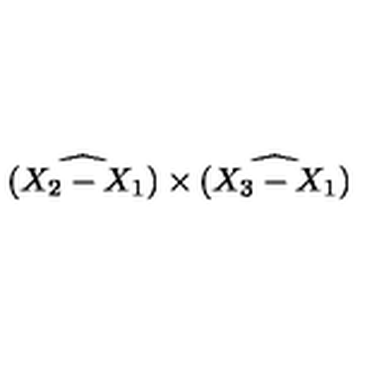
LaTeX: \widehat { ( X _ { 2 } - X _ { 1 } ) } \times \widehat { ( X _ { 3 } - X _ { 1 } ) }